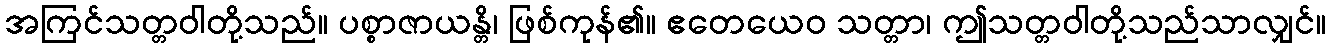
အကြင်သတ္တဝါတို့သည်။ ပစ္စာဇာယန္တိ၊ ဖြစ်ကုန်၏။ ဧတေယေဝ သတ္တာ၊ ဤသတ္တဝါတို့သည်သာလျှင်။